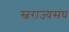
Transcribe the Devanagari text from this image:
स्वराज्यसंघ